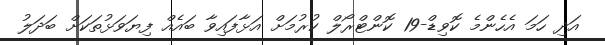
އަދި ހަމަ އެހެންމެ ކޮވިޑް-19 ކޮންޓްރޯލް ކުރުމަށް އަޅާފައިވާ ބައެއް ފިޔަވަޅުތަކަށް ބަދަލު